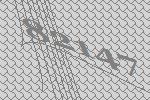
82147